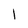
Character: l